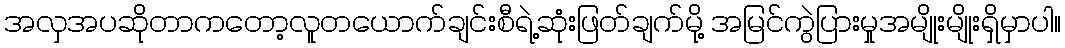
အလှအပဆိုတာကတော့လူတယောက်ချင်းစီရဲ့ဆုံးဖြတ်ချက်မို့ အမြင်ကွဲပြားမှုအမျိုးမျိုးရှိမှာပါ။